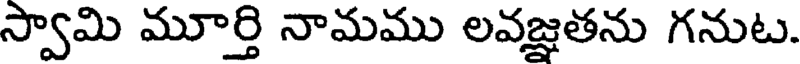
స్వామి మూర్తి నామము లవజ్ఞతను గనుట.